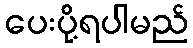
ပေးပို့ရပါမည်